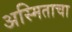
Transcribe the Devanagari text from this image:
अस्मिताचा